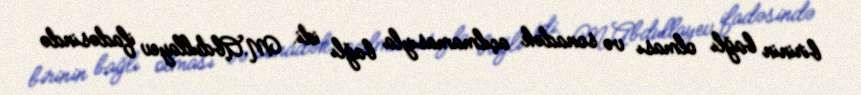
birinin bağlı olması və sonadək açılmamasıyla bağlı idi. M.Abdullayev ifadəsində